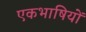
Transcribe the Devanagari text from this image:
एकभाषियों